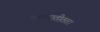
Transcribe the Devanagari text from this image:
कालातीतता